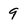
Character: 9